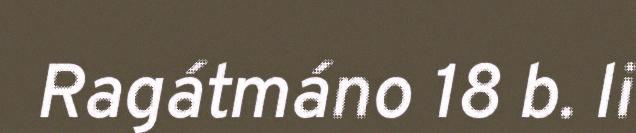
Ragátmáno 18 b. li